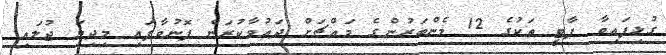
ގުޅިފައިވާ ޕާޓީ ތަކުގެ 12 މެންބަރުންގެ މައްޗަށް ދައުވާކުރަން ފޮނުވާފައި މިދިޔަ ޖުލައި